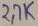
Text: 2.7K